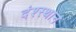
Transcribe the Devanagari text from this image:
दंश्स्थान